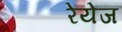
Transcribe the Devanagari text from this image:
रेयेज